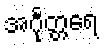
အင်္ဂုတ္တရေ